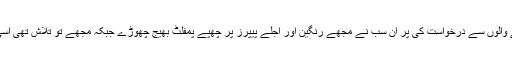
میں نے ساری دنیا میں اپنے جاننے والوں سے درخواست کی پر ان سب نے مجھے رنگین اور اجلے پیپرز پر چھپے پمفلٹ بھیج چھوڑے جبکہ مجھے تو تلاش تھی اسی مٹی کے تیل والی فوٹو اسٹیٹ کی۔